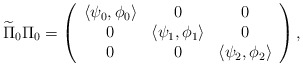
\begin{align*}\widetilde\Pi_0\Pi_0=\left(\begin{array}{ccc}\left<\psi_0,\phi_0\right> & 0 & 0\\0 & \left<\psi_1,\phi_1\right> & 0\\0 & 0 & \left<\psi_2,\phi_2\right>\end{array}\right),\end{align*}